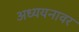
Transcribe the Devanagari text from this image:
अध्ययनावर